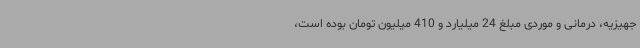
جهیزیه، درمانی و موردی مبلغ 24 میلیارد و 410 میلیون تومان بوده است،